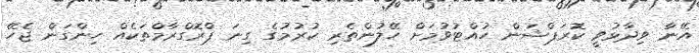
އޭނާ ވިދާޅުވީ ކޮރަޕްޝަން ހުއްޓުވުމަށް ހޭލުންތެރި ކުރުމުގެ ގިނަ ޕްރޮގްރާމްތަކެއް ހިންގަން ޖެހޭ